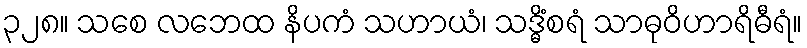
၃၂၈။ သစေ လဘေထ နိပကံ သဟာယံ၊ သဒ္ဓိံစရံ သာဓုဝိဟာရိဓီရံ။